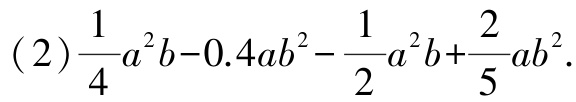
(2)$\frac{1}{4}a^{2}b - 0.4ab^{2}-\frac{1}{2}a^{2}b+\frac{2}{5}ab^{2}$.